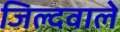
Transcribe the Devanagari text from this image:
जिल्दवाले